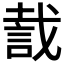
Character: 𧧬